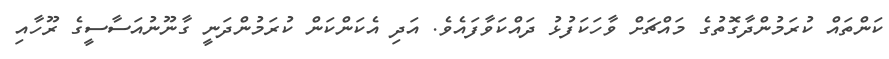
ކަންތައް ކުރަމުންދާގޮތުގެ މައްޗަށް ވާހަކަފުޅު ދައްކަވާފައެވެ. އަދި އެކަންކަން ކުރަމުންދަނީ ގާނޫނުއަސާސީގެ ރޫހާއި